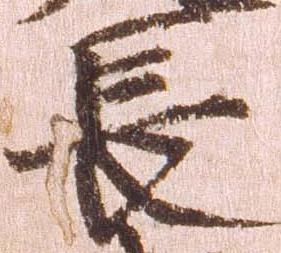
長